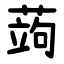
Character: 蒟